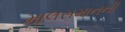
માલસમાનની